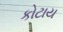
કોટાય